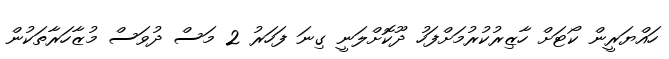
ހައްޔަރީން ކޯޓަށް ހާޒިރުކުރުމަށްފަހު ދޫކޮށްލަނީ ގިނަ ފަހަރު 2 މަސް ދުވަސް މުޒާހަރާތަކުން